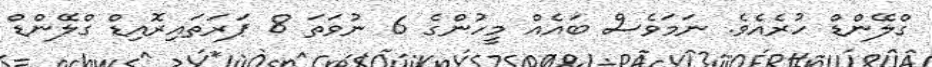
ގްލޭންޑް ހުރެއެވެ. ނަމަވެސް ބައެއް މީހުންގެ 6 ނުވަތަ 8 ޕަރަތައިރޮއިޑް ގްލޭންޑް